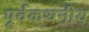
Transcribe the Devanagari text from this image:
पूर्वकथनीय